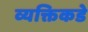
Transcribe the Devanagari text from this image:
व्यक्तिकडे